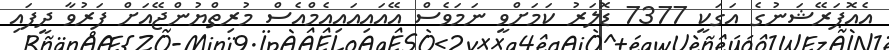
އެއޮޕަރޭޝަނުގެ އަގަކީ 7377 ޑޮލަރު ކަމަށްވީ ނަމަވެސް އޭއައިއައިއެމްއެސް މުރިތްޔުންޖޭއަށް ފަރުވާ ދީފައި